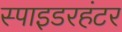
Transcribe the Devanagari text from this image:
स्पाइडरहंटर